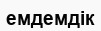
емдемдік